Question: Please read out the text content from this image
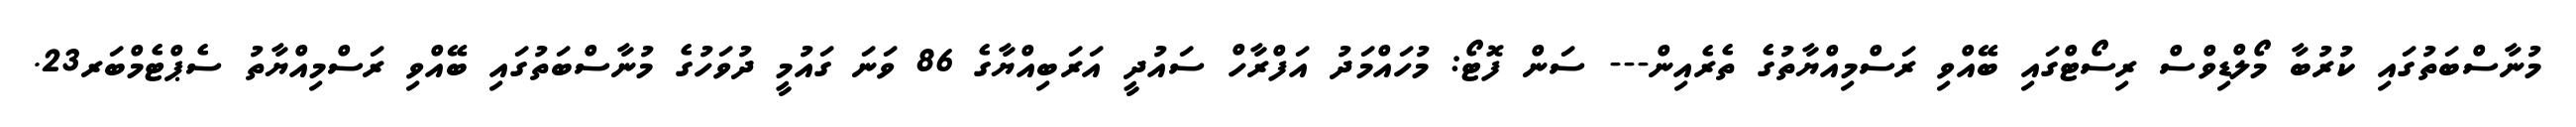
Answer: މުނާސްބަތުގައި ކުރުބާ މޯލްޑިވްސް ރިސޯޓްގައި ބޭއްވި ރަސްމިއްޔާތުގެ ތެރެއިން--- ސަން ފޮޓޯ: މުހައްމަދު އަފްރާހް ސައުދީ އަރަބިއްޔާގެ 86 ވަނަ ގައުމީ ދުވަހުގެ މުނާސްބަތުގައި ބޭއްވި ރަސްމިއްޔާތު ސެޕްޓެމްބަރ23.